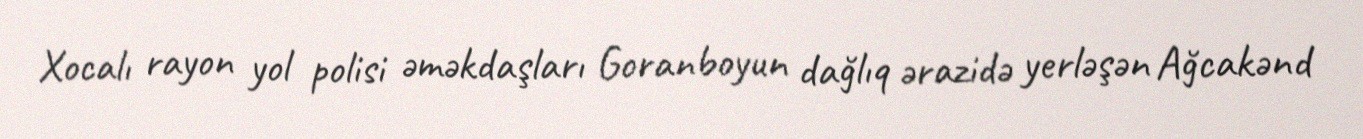
Xocalı rayon yol polisi əməkdaşları Goranboyun dağlıq ərazidə yerləşən Ağcakənd